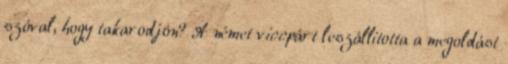
szóval, hogy takarodjon? A német viccpárt leszállította a megoldást